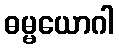
ဓမ္မယောဂါ